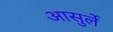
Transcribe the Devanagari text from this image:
आसुर्ले